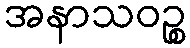
အနာသဝဉ္စ